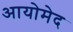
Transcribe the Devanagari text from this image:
आयोमेद